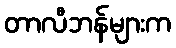
တာလီဘန်များက